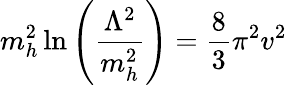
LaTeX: m_{h}^{2}\ln\left(\frac{\Lambda^{2}}{m_{h}^{2}}\right)=\frac{8}{3}\pi^{2}v^{2}